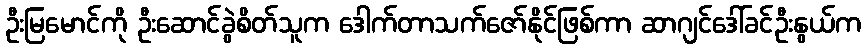
ဦးမြမောင်ကို ဦးဆောင်ခွဲစိတ်သူက ဒေါက်တာသက်ဇော်နိုင်ဖြစ်ကာ ဆာဂျင်ဒေါ်ခင်ဦးနွယ်က